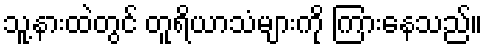
သူ့နားထဲတွင် တူရိယာသံများကို ကြားနေသည်။